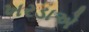
ખરડાએ